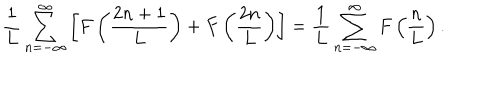
LaTeX: \frac { 1 } { L } \sum _ { n = - \infty } ^ { \infty } \left[ F \left( \frac { 2 n + 1 } { L } \right) + F \left( \frac { 2 n } { L } \right) \right] = \frac { 1 } { L } \sum _ { n = - \infty } ^ { \infty } F \left( \frac { n } { L } \right) .